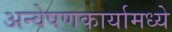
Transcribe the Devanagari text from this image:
अन्वेषणकार्यामध्ये